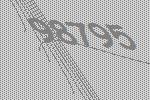
98795